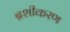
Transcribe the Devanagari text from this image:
ब्रशीकरण